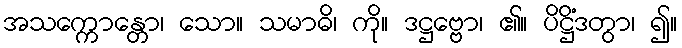
အသက္ကောန္တော၊ သော။ သမာဓိ၊ ကို။ ဒဋ္ဌဗ္ဗော၊ ၏။ ပိဋ္ဌိံဒတွာ၊ ၍။